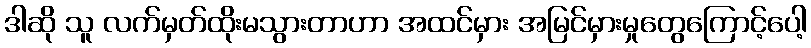
ဒါဆို သူ လက်မှတ်ထိုးမသွားတာဟာ အထင်မှား အမြင်မှားမှုတွေကြောင့်ပေါ့